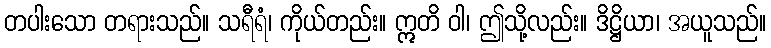
တပါးသော တရားသည်။ သရီရံ၊ ကိုယ်တည်း။ ဣတိ ဝါ၊ ဤသို့လည်း။ ဒိဋ္ဌိယာ၊ အယူသည်။